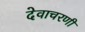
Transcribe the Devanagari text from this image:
देवाचरणी